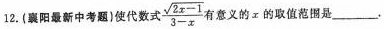
12.(襄阳最新中考题)使代数式$$\frac { \sqrt { 2 x - 1 } } { 3 - x }$$有意义的x的取值范围是___.